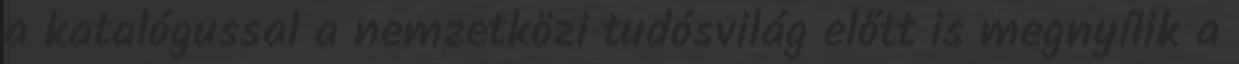
a katalógussal a nemzetközi tudósvilág előtt is megnyílik a